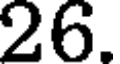
26.